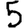
Digit: 5